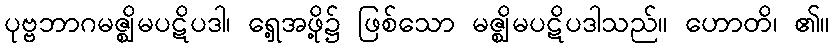
ပုဗ္ဗဘာဂမဇ္ဈိမပဋိပဒါ၊ ရှေ့အဖို့၌ ဖြစ်သော မဇ္ဈိမပဋိပဒါသည်။ ဟောတိ၊ ၏။